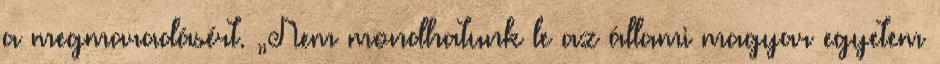
a megmaradásért. „Nem mondhatunk le az állami magyar egyetem